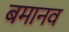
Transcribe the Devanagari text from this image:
बमानव